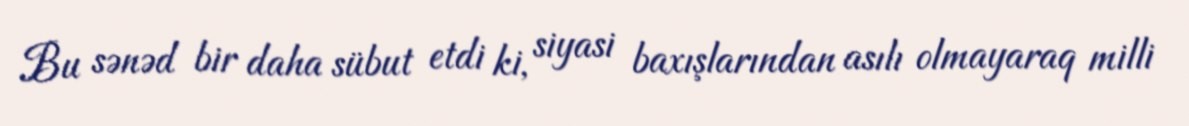
Bu sənəd bir daha sübut etdi ki, siyasi baxışlarından asılı olmayaraq milli